Vital statistics of India. Vol. IV, Annual returns from 1871 to 1876. British Army of India, Native Army and jails of Bengal
Year: 1871
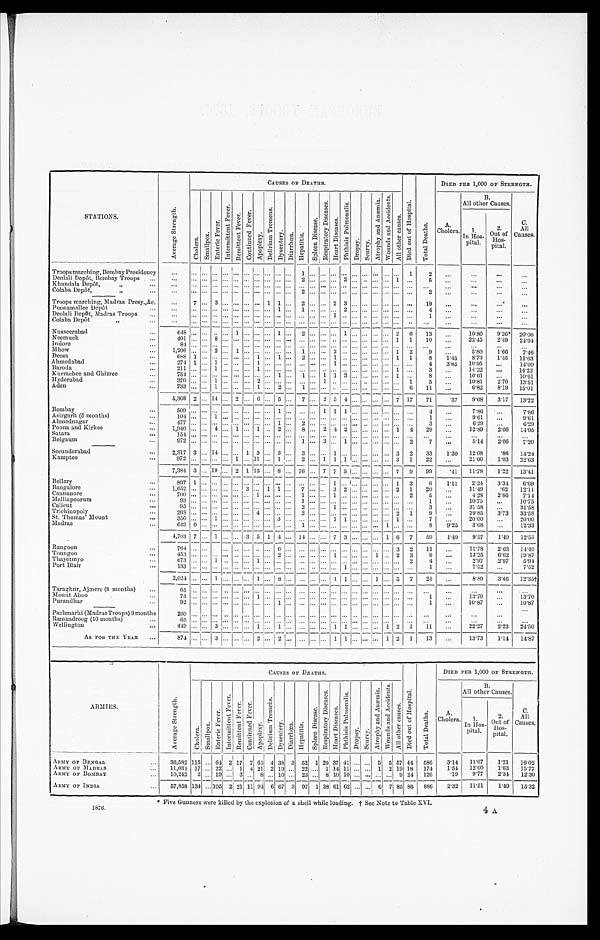
STATIONS.
A v e r a g e S t r e n g t h .
CAUSES OF DEATHS.
D i e d o u t o f
H o s p i t a l .
T o t a l D e a t h s .
DIED PER 1,000 OF STRENGTH.
C h o l e r a .
S m a l l p o x .
E n t e r i c F e v e r . I n t e r m i t t e n t F e v e r .
R e m i t t e n t F e v e r e s .
C o n t i n u e d F e v e r .
A p o p l e x y .
D e l i r i u m
T r e m e n s .
D y s e n t e r y .
D i a r r h œ a .
H e p a t i t i s .
S p l e e n D i s e a s e . R e s p i r a t o r y D i s e a s e s . H e a r t D i s e a s e s .
P h t h s i s
P u l m o n a l i s .
D r o p s y . S c u r v y .
A t r o p h y a n d A n æ m i a .
W o u n d s a n d A c c i d e n t s .
A l l o t h e r C a u s e s .
A.
Cholera.
B.
All other Causes.
C.
All
Causes.
1 . I n H o s p i t a l .
2 O u t o f
Hos-
pital.
Troops marching, Bombay Presidency
. . .
. . . . . . . . . . . . . . . .
. . . . . . . . . . . . . . . 1 . . . . . . . . . . . .
...
. . . . . . . . . . . . 1
2
...
. . .
. . .
. . .
Deolali Depot, Bombay Troops ...
. . .
. . . . . . . . . . . . . . . . . . . . . . . . . . . . . . 2 . . . . . . . . . 2 ...
. . . . . . . . . 1 . . .
5 ...
. . . ...
. . .
Khandala Depot,
, , . . .
. . .
... ... ... ... ... ... ... ... ... .. ... ... ... ... . . . ... ... ... . . . ...
. . . ...
...
. . .
. . .
...
Colaba Depot,
,,
. . .
. . .
. . . . . . . . . . . . . . . . . . . . . . . . . . . . . . 2 . . . . . . . . . . . .
...
. . . . . . . . . . . . . . .
2
...
. . .
. . .
...
Troops marching, Madras Presy.,&c.
...
7 . . . 3 . . . . . . . . . . . . 1 1 . . . 2 . . . . . . 2 3 ...
. . . . . . . . . . . . . . .
1 9
... ...
. . .
. . .
Poonamallee Depot
. . .
. . .
. . . . . . . . . . . . . . . . . . . . . . . . 1 . . . 1 . . . . . . . . . 2 ...
. . . . . . . . . . . . . . . 4
...
. . .
. . .
...
Deolali Depot, Madras Troops ...
. . .
. . . . . . . . . . . . . . . . . . . . . . . . . . . . . . . . . . . . . . . 1 . . . ...
. . . . . . . . . . . . . . .
1
. . . ...
. . .
...
Colaba Depot
, ,
. . .
. . . ... ... ... ... ... ... ... ... ... ... ... ... ... ... ... ... ... ... ... ... .. ...
... ...
. . .
...
Nusseerabad
...
6 4 8
. . . . . . . . . . . . 1 . . . . . . . . . 1 . . . 2 . . . . . . . . . 1 ...
. . . . . . . . . 2
6
1 3
... 10.80 9.26* 20.06
Neemuch
...
4 0 1
. . . . . . 8 . . . . . . . . . . . . . . . . . . . . . . . . . . . . . . . . . . . .
...
. . . . . . . . . 1
1
1 0
... 22.45 2.49 24.94
Indore
. . .
8 4
. . . . . . . . . . . . . . . . ... ... ... ... ... ... ... ... ... ... ... .. . ... ... ... ... ...
...
. . . ...
...
Mhow
. . .
1 , 2 0 6
. . . . . . 2 . . . 1 . . . . . . . . . . . . . . . 1 . . . . . . 2 . . .
...
. . . . . . . . . 1 2
9
... 5.80 1.66
7.46
Deesa
...
6 8 8
1 . . . . . . . . . . . . . . . 1 . . . 1 . . . 2 . . . . . . 1 . . .
...
. . . . . . . . . 1 1
8
1.45
8.73 1.45 11.63
Ahmedabad
...
2 7 4
1
1 . . . . . . . . . 1 . . . . . . . . . . . . . . . . . . 1 . . .
...
. . . . . . . . . . . . . . . 4
3.65 10.95 ...
14.60
Baroda
. . .
2 1 1
. . . . . . 1 . . . . . . . . . 1 . . . . . . . . . . . . . . . . . . . . . . . .
...
. . . . . . . . . 1 . . .
3
. . . 14.22
. . . 14.22
Kurrachee and Ghizree
. . .
7 5 4
. . . . . . . . . . . . . . . . . . . . . . . . 1 . . . 1 . . . 1 1 3 ...
. . . . . . . . . 1 . . .
8
. . . 10.61 ...
10.61
Hyderabad
...
3 7 0
. . . . . . 1 . . . . . . . . . 2 . . . . . . . . . . . . . . . 1 . . . . . .
...
. . . . . . . . . . . . 1
5
... 10.91
2.70 13.51
Aden
...
7 3 3
. . . . . . 1 . . . . . . . . . 1 . . . 2 . . . 1 . . . . . . . . . . . .
...
. . . . . . . . . . . . 6
1 1
...
6.82 8.19 15.01
5,368 2 ... 14 ... 2 ... 6 ... 5 ... 7 ... 2 5 4 ... ... ... ... 7 17
71
.37
9.68 3.17 13.22
Bombay
...
5 0 9 . . . . . . . . . . . . . . . . . . . . . . . . 1 . . . . . . . . 1 1 1 ...
. . . . . . . . . . . . . . .
4
. . . 7.86 ....
7.86
Asirgarh (5 months)
...
1 0 4 . . . . . . 1 . . . . . . . . . . . . . . . . . . . . . . . . . . . . . . . . . . . .
...
. . . . . . . . . . . . . . .
1
. . . 9.61 ...
9.61
Ahmednagar
. . .
4 7 7 . . . . . . . . . . . . . . . . . . . . . . . . 1 . . . 2 . . . . . . . . . . . .
...
. . . . . . . . . . . . . . .
3
...
6.29 ...
6.29
Poona aud Kirkee
...
1,940 ... ... 4 ... 1 ... 1 .. 2 ... 8 ...
2 4 2 ... ... ... ... 1 4
29
...
12.89 2.06 14.95
Satara
...
1 5 4 . . . . . . . . . . . . . . . . . . . . . . . . . . . . . . . . . . . . . . . . . . . . .
...
. . . . . . . . . . . . . . .
. . .
...
. . . ...
...
Belgaum
...
9 7 2 . . . . . . . . . . . . . . . . . . . . . . . . . . . . . . 1 . . . 3 . . . 1 ...
. . . . . . . . . . . . 2
7
...
5.14
2.06 7.20
Secunderabad
...
2,317 3 ... 14 . . . ... 1 3 ... 3 ... 3 ... ... 1 ... ... ... ... ... 3 2
33
1.30 12.08
. 8 6 14.24
Kamptee
...
9 7 2 . . . . . . . . . . . . 1 . . . 1 1 . . . 1 . . . 2 . . . 1 1 1 ...
. . . . . . . . . 3 1
2 2
... 21.60
1.03 22.63
7,384 3 . . . 19 . . . 2 1 15 . . .
8 . . . 16 . . . 7 7 5 ... . . . . . . . . . 7
--
9
99
.41 11.78
1.22 13.41
Bellary
...
8 9 7 1 . . . . . . . . . . . . . . . . . . . . . . . . . . . . . . . . . . . . 1 . . .
...
. . . . . . . . . 1 3
6
1.11
2.24
3.34
6 . 6 9
Bangalore
...
1,652 ... ... ... ... ... 3 ... 1 1 ... 7 ... . . . 3 2 ... ... ... ... 2 1
20
...
11.49
62 12.11
Cannanore
. . .
7 0 0 . . . . . . . . . . . . . . . . . . 1 . . . . . . . . . 1 . . . . . . 1 . . .
...
. . . . . . . . . . . . 2
5
...
4.28 2.86
7.14
Malliapoorum
...
9 3 . . . . . . . . . . . . . . . . . . . . . . . . . . . . . . 1 . . . . . . . . . . . .
...
. . . . . . . . . . . . . . .
1
...
10.75 ...
10.75
Calicut
...
9 5 . . . . . . . . . . . . . . . . . . . . . . . . . . . . . . 2 . . . . . . 1 . . .
...
. . . . . . . . . . . . . . .
3
... 31.58
...
31.58
Trichinopoly
...
2 6 8 . . . . . . . . . . . . . . . . . . 4 . . . . . . . . . 2 . . . . . . . . . . . .
...
. . . . . . . . . 2 1
9
...
29.85 3.73 33.58
St. Thomas' Mount
...
3 5 0 . . . . . . 1 . . . . . . . . . . . . . . . 3 . . . . . . . . . . . . 1 1 ...
. . . . . . . . . 1 . . .
7
... 20'00
...
20'00
Madras
6 4 9 6 . . . . . . . . . . . . . . . . . . . . . . . . . . . 1 . . . . . . . . . . . .
...
. . . . . . 1 . . . . . .
8
9.25
3.08 ...
12.33
4,703 7 ... 1 ... ... : 3 5 1 4 ... 14 ... ... 7 3 ... ... ... 1 6 7
59
1.49
9 . 5 7 1.49 12.55
Rangoon
...
764 ... ... . . . ... ... ... .. ... 6 . . . . . . . . . . . . . . . . . .
...
. . . . . . . . . 3 2
1 1
... 11.78
2.62 14.40
Toungoo
...
4 5 3 . . . . . . . . . . . . . . . . . . . . . . . . 2 . . . . . . . . . . . . 1 . . .
...
. . . 1 . . . 2 3
9
...
13.25
6.62 19.87
Thayetmyo
. . .
6 7 3 . . . . . . 1 . . . . . . . . . 1 . . . . . . . . . . . . . . . . . . . . . . . .
...
. . . . . . . . . . . . 2
4
...
2'97
2'97
5'94
Port Blair
..
1 3 3 . . . . . . . . . . . . . . . . . . . . . . . . . . . . . . . . . . . . . . . . . . 1 ...
. . . . . . . . . . . . . . .
1
...
7.52
...
7.52
2 , 0 2 4 . . . . . . 1 . . . . . .
. . . 1 . . .
8
. . . . . .
. . . . . .
1 1 ... . . . 1 . . . 5 7
2 5
...
8'89
3.46 12.35†
Taraghur, Ajmcrc (8 months)
...
6 5 . . . . . . . . . . . . . . . . . . . . . . . . . . . . . . . . . . . . . . . . . . . . .
...
. . . . . . . . . . . . . . .
. . . ...
. . .
... ...
Mount Aboo
. . .
7 3 . . . . . . . . . . . . . . . . . . 1 . . . . . . . . . . . . . . . . . . . . . . . . .
...
. . . . . . . . . . . . . . .
1
. . . 13.70
...
13.70
Purandhar
. . .
9 2 . . . . . . . . . . . . . . . . . . . . . . . . . 1
. . . . . . . . . . . . . . . . . .
...
. . . . . . . . . . . . . . .
1
. . . 10.87
...
10.87
Pachmarhi (Madras Troops) 9 months
2 0 0 . . . . . . . . . . . . . . . . . . . . . . . . . . . . . . . . . . . . . . . . . . . . .
...
. . . . . . . . . . . . . . .
. . .
. . . ...
. . . ...
Ramandroog (10 months)
. . .
6 5 . . . . . . . . . . . . . . . . . . . . . . . . . . . . . . . . . . . . . . . . . . . . .
...
. . . . . . . . . . . . . . .
. . .
. . .
. . .
... ...
Wellington
...
4 4 9 . . . . . . 3 . . . . . . . . . 1 . . . 1
. . . . . . . . . . . . 1 1 ...
. . . . . 1 2 1
1 1
..
22.27
2.23 24.50
As FOR THE YEAR ...
874 ... ... 3 ... ... ... 2 ... 2 ... ... ... ... 1
1 ... ... ... 1 2 1
13
...
13.73
1.14 14.87
ARMIES.
CAUSES OF DEATHS.
D i e d o u t o f
H o s p i t a l .
T o t a l D e a t h s .
DIED PER 1,000 OF STRENGTH.
A v e r a g e S t r e n g t h .
C h o l e r a . S m a l l p o x .
E n t e r i c F e v e r .
I n t e r m i t t e n t F e v e r .
R e m i t t e n t F e v e r e s .
C o n t i n u e d F e v e r .
A p o p l e x y .
D e l i r i u m
T r e m e n s .
D y s e n t e r y . D i a r r h œ a . H e p a t i t i s .
S p l e e n D i s e a s e .
R e s p i r a t o r y D i s e a s e s .
H e a r t D i s e a s e s .
P h t h s i s
P u l m o n a l i s .
D r o p s y .
S c u r v y .
A t r o p h y a n d A n æ m i a . W o u n d s a n d A c c i d e n t .
A l l o t h e r C a u s e s .
A
Cholera.
B.
All other Causes.
C.
All
Causes.
l.
In H os-
pital.
2 .
O Out of
Hos-
pital
ARMY OF BENGAL
. . .
36,582
115
. . .
64 2
1 7
7 65 4 38 3 52 1
2 9
37 41
. . . . . . 5 5 57 44 586
3.14 11.67
1.21 16 .02
A R M Y O F M A D R A S
...
:..
1 1 , 0 3 4
17
... 22
, , , 1
4 21 2 1 9
22 ... 1 14 11
...
...
...
... 1 2 19 18 174
1.54 12.00 1.63 15.77
ARMY OF BOMBAY
...
10,242 2
. . . 19
. . . 3 ... 8 ... 10 ... 23 ... 8 10 10 ... ... ... ... 9 24 126
.19
9.77
---
2.34 12.30
ARMY OF INDIA
...
57, 858
134 .. 105 2 21 11 94 6 67 3 97 1 38 61 62 ... ... 6 7 85 86 886
2.32 11.51
1.49 15.32
* Five Gunners were killed by the explosion of a shell while loading. † See Note to Table XVI.
1876.
4A